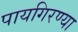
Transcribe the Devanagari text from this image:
पायगिरण्या